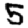
Digit: 5